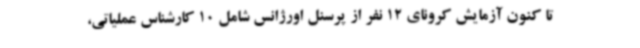
تا کنون آزمایش کرونای 12 نفر از پرسنل اورژانس شامل 10 کارشناس عملیاتی،